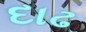
દાઢ